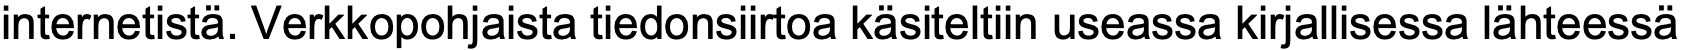
internetistä. Verkkopohjaista tiedonsiirtoa käsiteltiin useassa kirjallisessa lähteessä